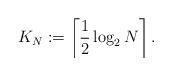
LaTeX: \begin{align*}K_N:=\left\lceil \frac{1}{2}\log_2 N \right\rceil.\end{align*}